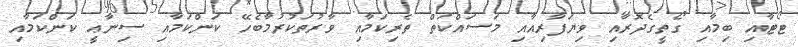
ޓޯޓާއި ބިމާއި ގޯތީގެދޮރާއި ވިޔަފާރިއާއި މަސައްކަތް ތެރިކަމާއި ވާރުތަކުރުމާބެހޭ ކަންކަމާއި ސިނާޢީ ކަންކަމާއި